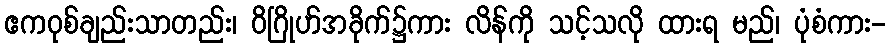
ဧကဝုစ်ချည်းသာတည်း၊ ဝိဂြိုဟ်အခိုက်၌ကား လိန်ကို သင့်သလို ထားရ မည်၊ ပုံစံကား-